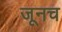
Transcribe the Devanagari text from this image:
जूनच